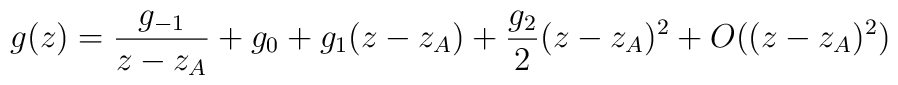
g(z) = \frac{g_{-1}}{z-z_A} + g_0 +g_1 (z-z_A) +\frac{g_2}{2}(z-z_A)^2 + O((z-z_A)^2)